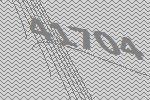
41704